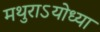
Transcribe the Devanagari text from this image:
मथुराऽयोध्या